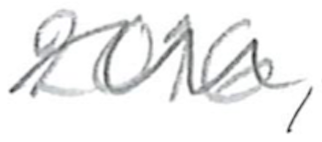
Text: 2016,
Cross-out: wave
Writing tool: pencil